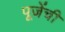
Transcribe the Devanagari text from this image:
पूजेंची